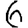
Digit: 6